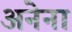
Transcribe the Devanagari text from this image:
अनेना